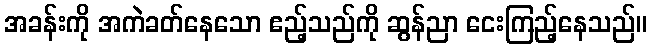
အခန်းကို အကဲခတ်နေသော ဧည့်သည်ကို ဆွန်ညာ ငေးကြည့်နေသည်။